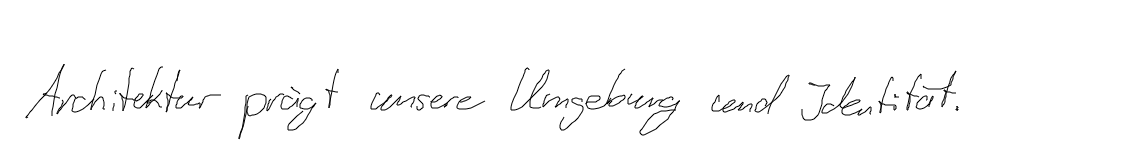
Architektur prägt unsere Umgebung und Identität.